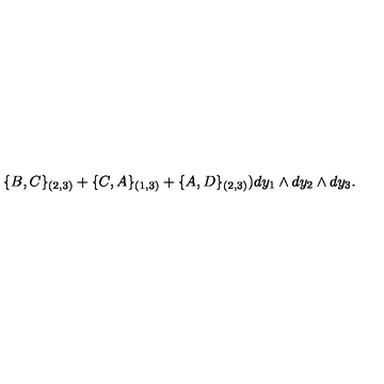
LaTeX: \{ B , C \} _ { ( 2 , 3 ) } + \{ C , A \} _ { ( 1 , 3 ) } + \{ A , D \} _ { ( 2 , 3 ) } ) d y _ { 1 } \wedge d y _ { 2 } \wedge d y _ { 3 } .